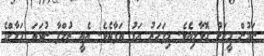
ނަމުން މީހަކު ގޮވާލިއެވެެ. މިފަހަރު އަޑު ތަފާތެވެ. އެއީ ޒުލްފާ ނުވަތަ މަލާކްގެ